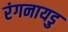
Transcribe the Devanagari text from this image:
रंगनायडु